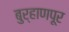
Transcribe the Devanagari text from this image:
बुर्‍हाणपूर